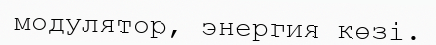
модулятор, энергия көзі.